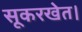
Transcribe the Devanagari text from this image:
सूकरखेत।